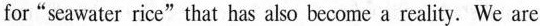
for"seawater rice"that has also become a reality. We are